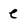
Character: e